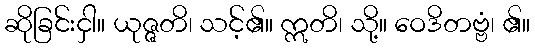
ဆိုခြင်းငှါ။ ယုဇ္ဇတိ၊ သင့်၏။ ဣတိ၊ သို့။ ဝေဒိတဗ္ဗံ၊ ၏။